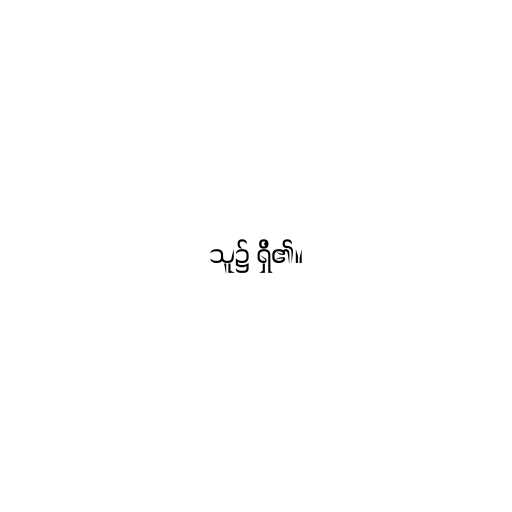
သူ၌ ရှိ၏။